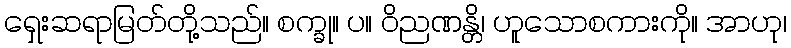
ရှေးဆရာမြတ်တို့သည်။ စက္ခု။ ပ။ ဝိညဏန္တိ၊ ဟူသောစကားကို။ အာဟု၊